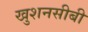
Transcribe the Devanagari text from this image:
खुशनसीबी